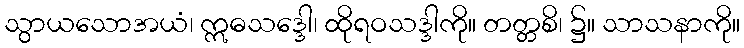
သွာယသောအယံ၊ ဣဓသဒ္ဒေါ၊ ထိုရဝသဒ္ဒါကို။ တတ္တစိ၊ ၌။ သာသနာကို။